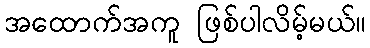
အထောက်အကူ ဖြစ်ပါလိမ့်မယ်။